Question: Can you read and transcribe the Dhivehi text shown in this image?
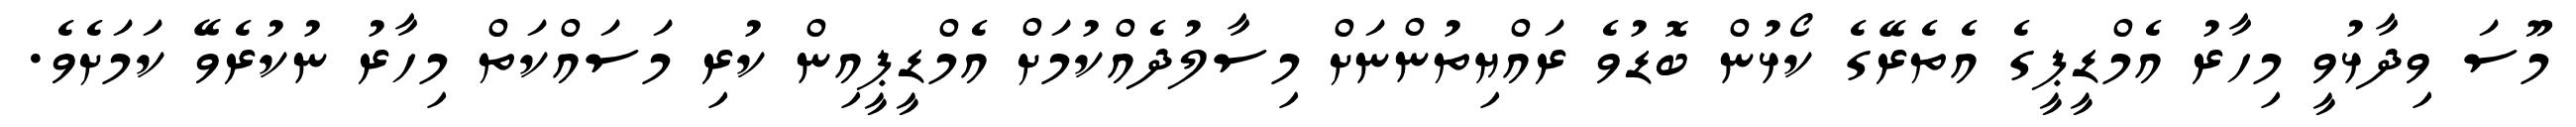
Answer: މޫސަ ވިދާޅުވީ މިހާރު އެމްޑީޕީގެ އެތެރޭގެ ކޯޅުން ބޮޑުވެ ރައްޔިތުންނަށް މިސާލުދެއްކުމަށް އެމްޑީޕީއިން ކުރި މަސައްކަތް މިހާރު ނުކުރެވޭ ކަމަށެވެ.